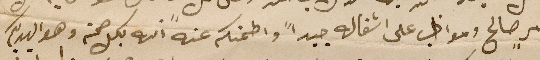
امرٍ صالح ومواظب على اشغاله جيداً واطمنكم عنه انه بكل صحة وهوا يهديكم